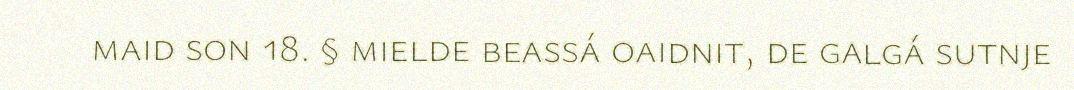
maid son 18. § mielde beassá oaidnit, de galgá sutnje